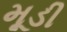
મૂડી